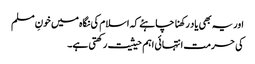
اور یہ بھی یاد رکھنا چاہئے کہ اسلام کی نگاہ میں خونِ مسلم
کی حرمت انتہائی اہم حیثیت رکھتی ہے۔